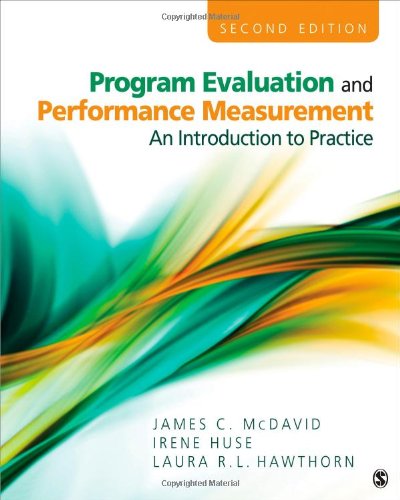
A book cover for Program Evaluation and Performance Measurement: An Introduction to Practice; James C. McDavid; Business & Money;